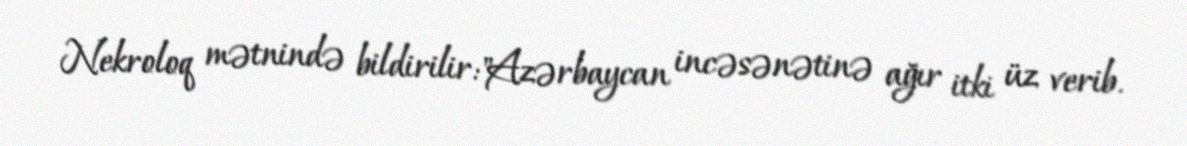
Nekroloq mətnində bildirilir:"Azərbaycan incəsənətinə ağır itki üz verib.